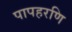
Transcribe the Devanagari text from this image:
पापहरणि